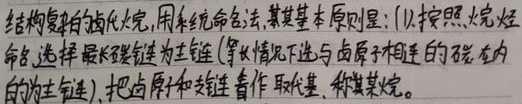
结构复杂的卤代烷，用系统命名法，其基本原则是：
(1)按照烷烃命名，选择最长碳链为主链（等长情况下选与卤原子相连的碳在内的为主链），把卤原子和支链看作取代基，称其某烷。